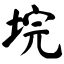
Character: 垸